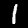
Digit: 1